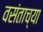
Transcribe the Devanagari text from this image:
वसंताच्या